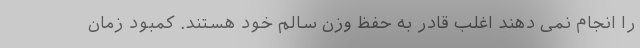
را انجام نمی دهند اغلب قادر به حفظ وزن سالم خود هستند. کمبود زمان